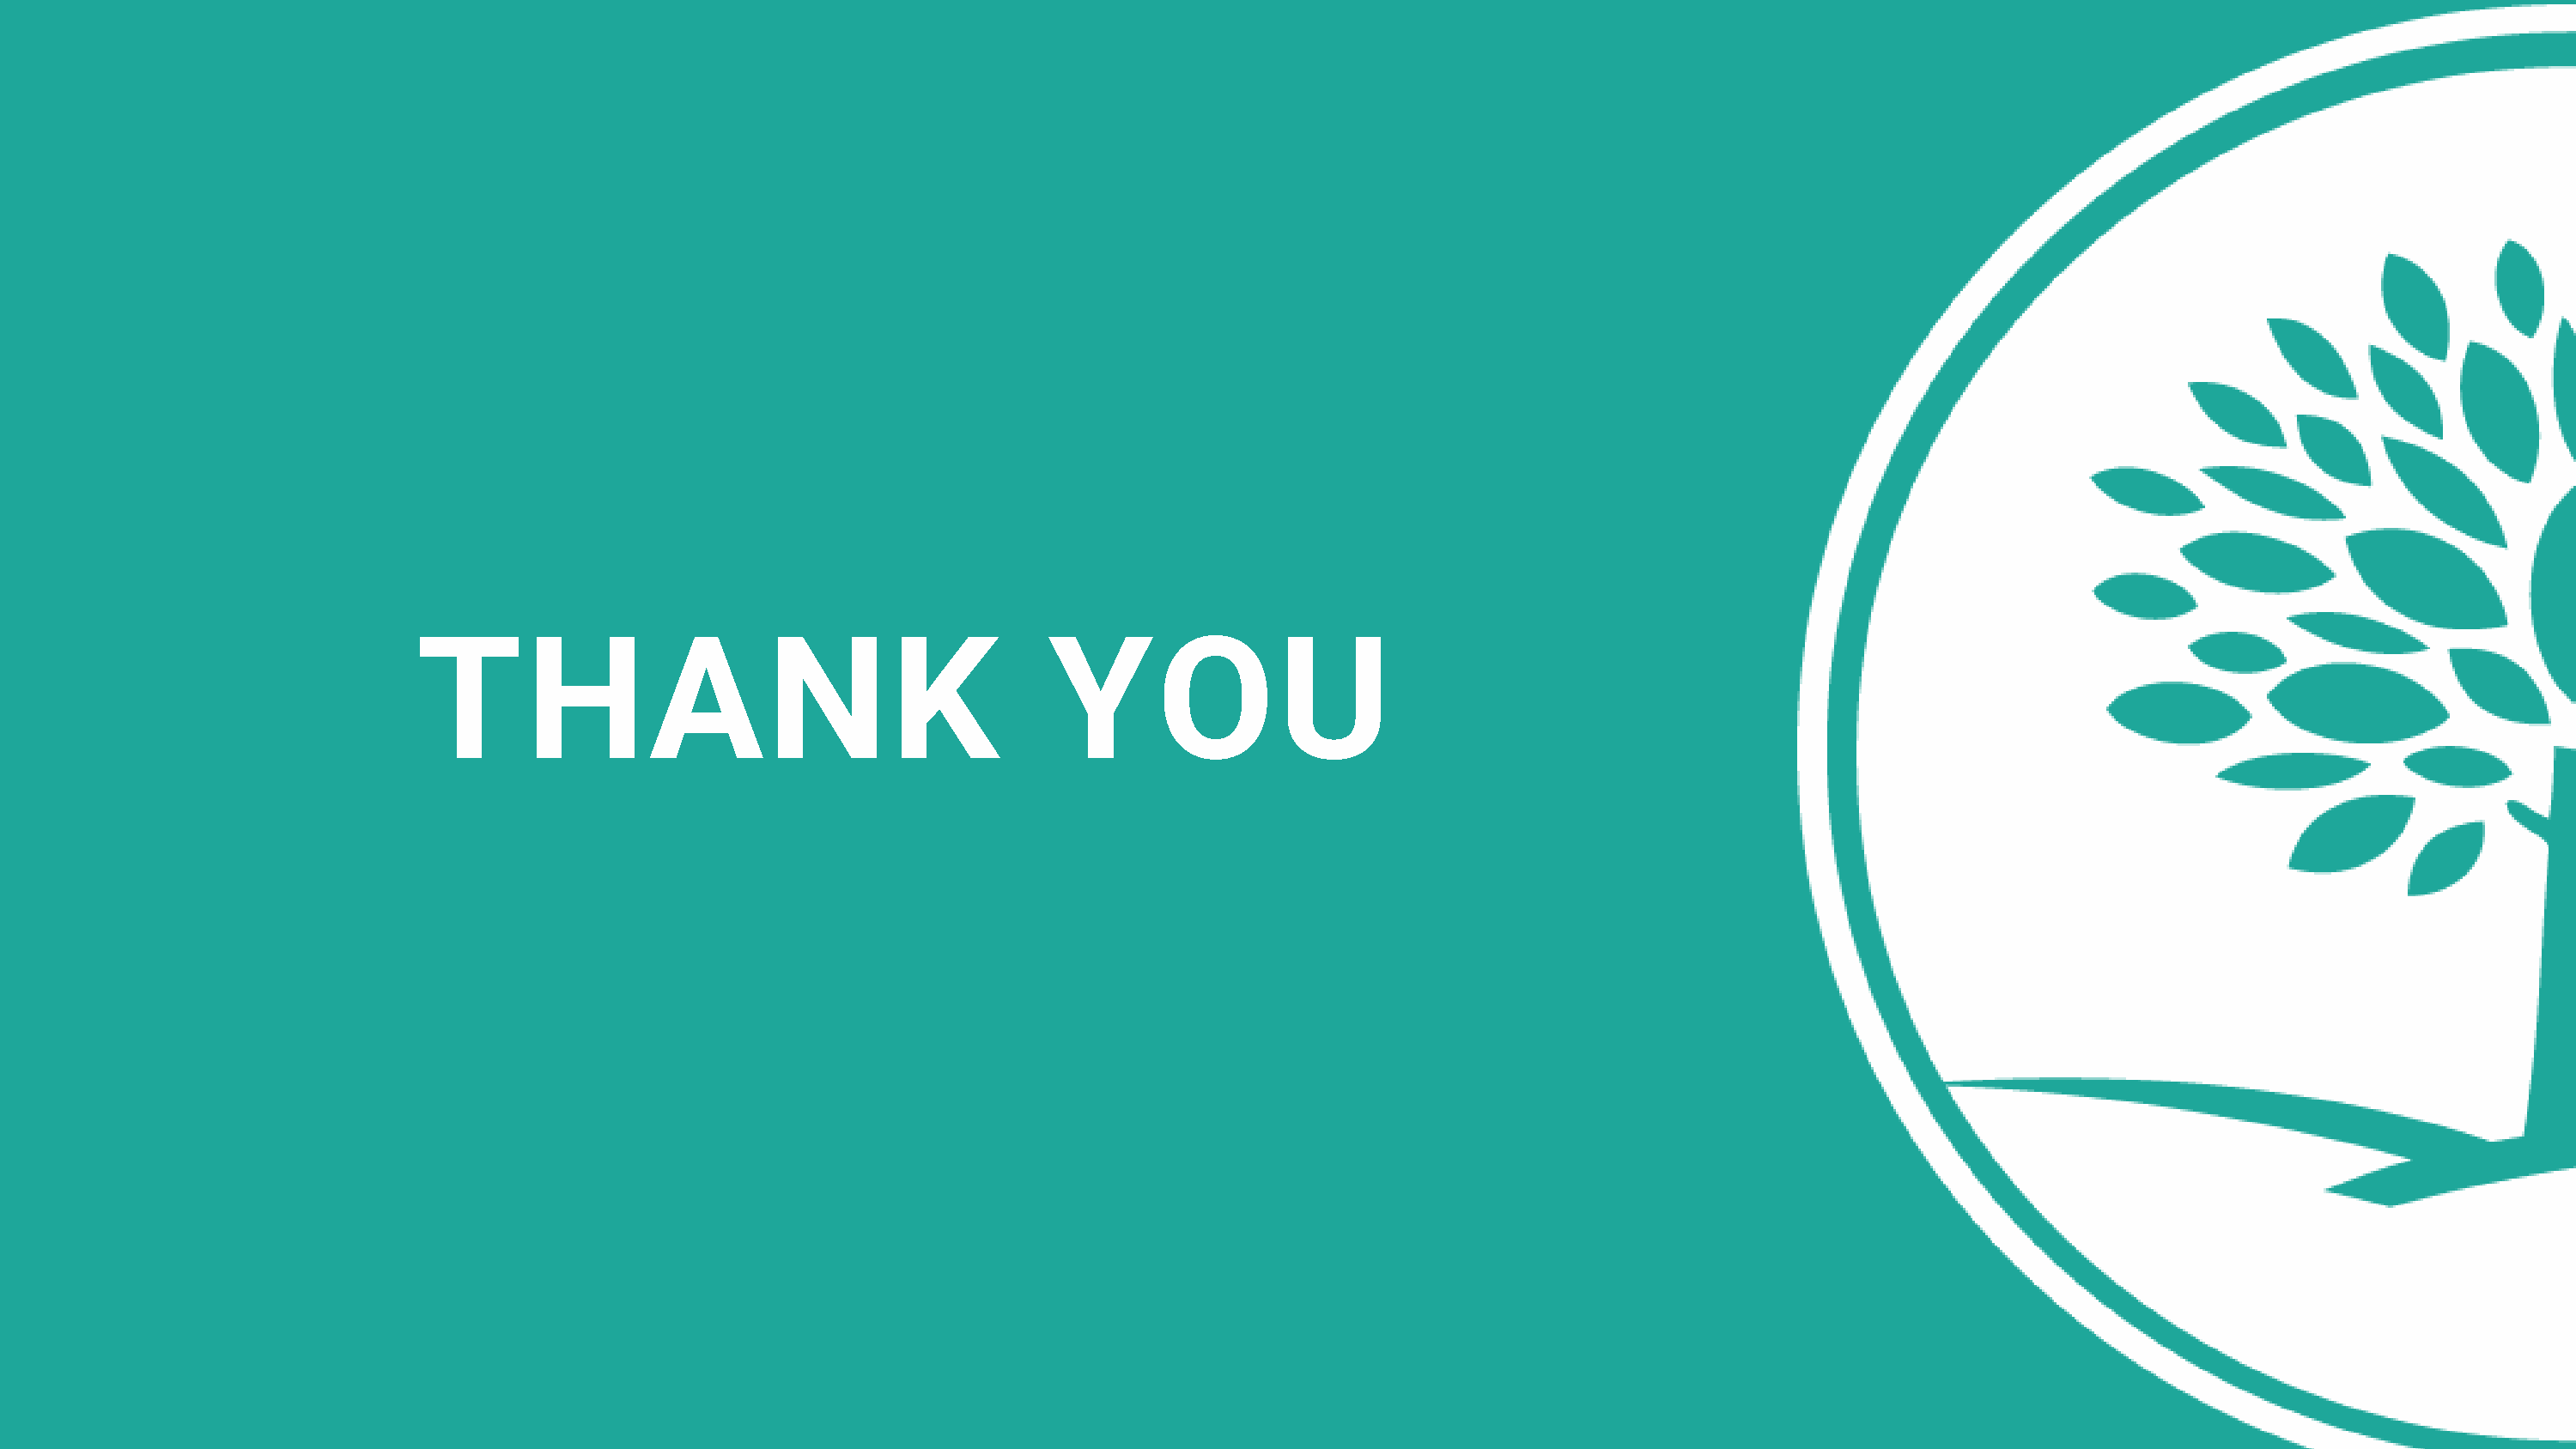
THANK                                            YOU